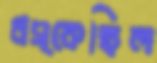
ধস্‌কেছিল